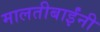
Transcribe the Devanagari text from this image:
मालतीबाईंनी